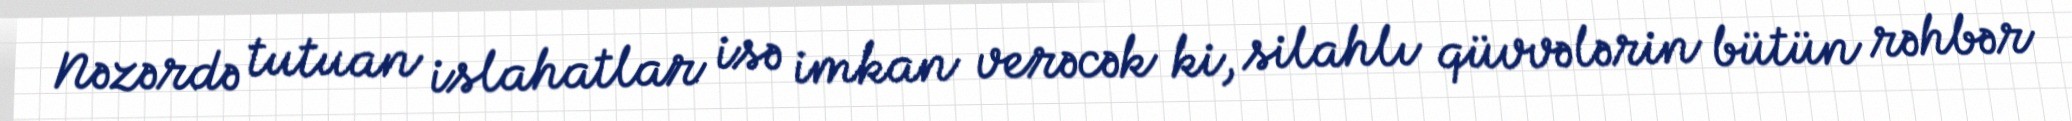
Nəzərdə tutuan islahatlar isə imkan verəcək ki, silahlı qüvvələrin bütün rəhbər